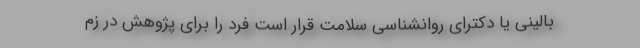
بالینی یا دکترای روانشناسی سلامت قرار است فرد را برای پژوهش در زم